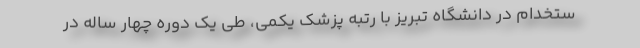
ستخدام در دانشگاه تبریز با رتبه پزشک یکمی، طی یک دوره چهار ساله در